Civil Veterinary Department Bihar & Orissa reports 1922-29 - 1922-1929
Year: 1922
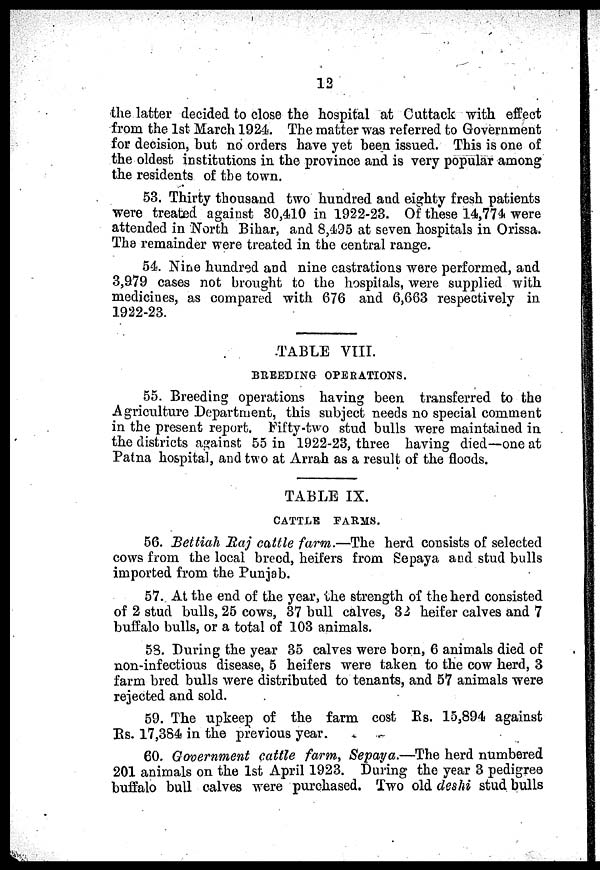
12
the latter decided to close the hospital at Cuttack with effect
from the 1st March 1921. The matter was referred to Government
for decision, but no orders have yet been issued. This is one of
the oldest institutions in the province and is very popular among
the residents of the town.
53. Thirty thousand two hundred and eighty fresh patients
were treated against 80,410 in 1922-23. Of these 14,774 were
attended in North Bihar, and 8,495 at seven hospitals in Orissa.
The remainder were treated in the central range.
54. Nine hundred and nine castrations were performed, and
3,979 cases not brought to the hospitals, were supplied with
medicines, as compared with 676 and 6,663 respectively in
1922-23.
TABLE VIII.
BREEDING OPERATIONS.
55. Breeding operations having been transferred to the
Agriculture Department, this subject needs no special comment
in the present report. Fifty-two stud bulls were maintained in
the districts against 55 in 1922-23, three having died—one at
Patna hospital, and two at Arrah as a result of the floods.
TABLE IX.
CATTLE FARMS.
56. Bettiah Raj cattle farm.—The herd consists of selected
cows from the local breed, heifers from Sepaya and stud bulls
imported from the Punjab.
57. At the end of the year, the strength of the herd consisted
of 2 stud bulls, 25 cows, 37 bull calves, 32 heifer calves and 7
buffalo bulls, or a total of 103 animals.
53. During the year 35 calves were born, 6 animals died of
non-infectious disease, 5 heifers were taken to the cow herd, 3
farm bred bulls were distributed to tenants, and 57 animals were
rejected and sold.
59. The upkeep of the farm cost Bs. 15,894 against
Bs. 17,384 in the previous year.
60. Government cattle farm, Sepaya.—The herd numbered
201 animals on the 1st April 1923. During the year 3 pedigree
buffalo bull calves were purchased. Two old deshi stud bulls